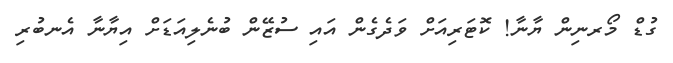
ގުޑް މޯރނިން ޔާނާ! ކޮޓަރިއަށް ވަދެގެން އައި ސުޒޭން ބުނެލިއަޑަށް އިޔާނާ އެނބުރި